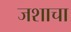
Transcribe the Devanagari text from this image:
जशाचा